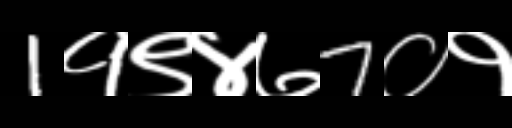
Text: 1१९४७7०१